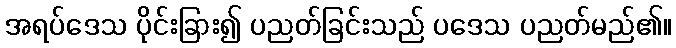
အရပ်ဒေသ ပိုင်းခြား၍ ပညတ်ခြင်းသည် ပဒေသ ပညတ်မည်၏။